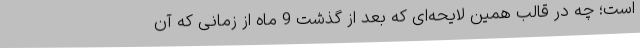
است؛ چه در قالب همین لایحه‌ای که بعد از گذشت 9 ماه از زمانی که آن